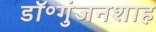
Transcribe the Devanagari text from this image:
डॉ॰गुंजनशाह